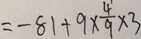
= - 8 1 + 9 \times \frac { 4 } { 9 } \times 3